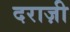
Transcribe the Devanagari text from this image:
दराज़ी